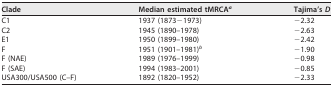
<table><thead><tr><td><b>Clade</b></td><td><b>Median estimated tMRCA<sup>a</sup></b></td><td><b>Tajima’s <i>D</i></b></td></tr></thead><tbody><tr><td>C1</td><td>1937 (1873−1973)</td><td>−2.32</td></tr><tr><td>C2</td><td>1945 (1890–1978)</td><td>−2.63</td></tr><tr><td>E1</td><td>1950 (1899–1980)</td><td>−2.42</td></tr><tr><td>F</td><td>1951 (1901–1981)<sup>b</sup></td><td>−1.90</td></tr><tr><td>F (NAE)</td><td>1989 (1976–1999)</td><td>−0.98</td></tr><tr><td>F (SAE)</td><td>1994 (1983–2001)</td><td>−0.85</td></tr><tr><td>USA300/USA500 (C–F)</td><td>1892 (1820–1952)</td><td>−2.33</td></tr></tbody></table>